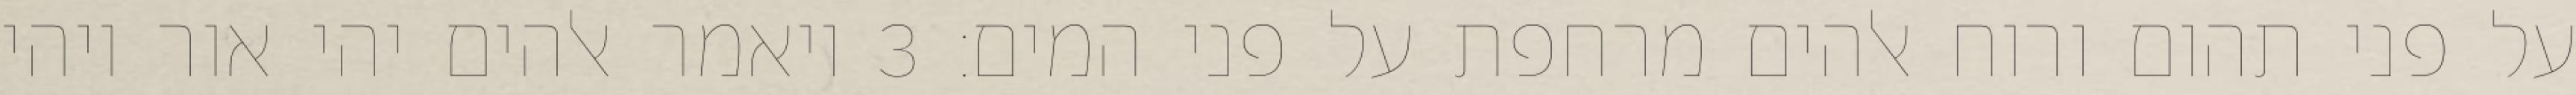
על פני תהום ורוח אלהים מרחפת על פני המים׃ ‎3‏ ויאמר אלהים יהי אור ויהי